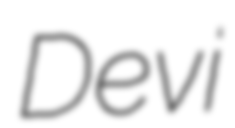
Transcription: Devi